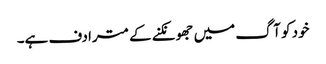
خود کو آگ میں جھونکنے کے مترادف ہے۔